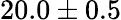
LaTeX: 20.0\pm 0.5